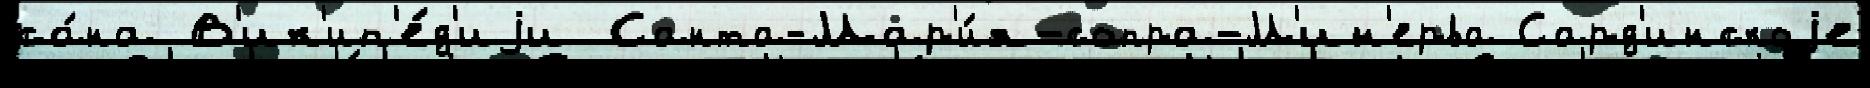
са́на В'ик'ип'е́д'иjи Санта-Мар'и́я-сопра-М'ин'ерва Сард'инскоjе